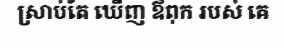
ស្រាប់តែ ឃើញ ឪពុក របស់ គេ